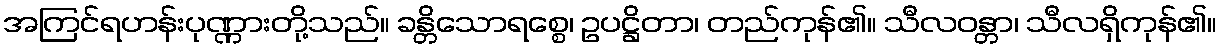
အကြင်ရဟန်းပုဏ္ဏားတို့သည်။ ခန္တိသောရစ္စေ၊ ဥပဋ္ဌိတာ၊ တည်ကုန်၏။ သီလဝန္တာ၊ သီလရှိကုန်၏။